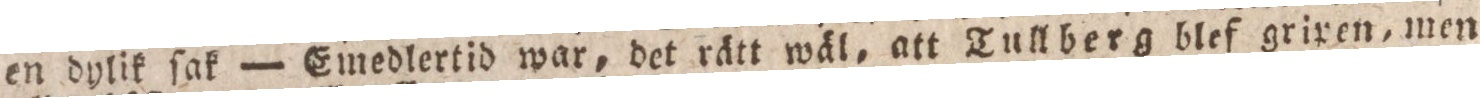
en dylik ſak — Emedlertid war, det rätt wäl, att Tullberg blef griren, men